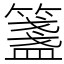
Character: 𥵃